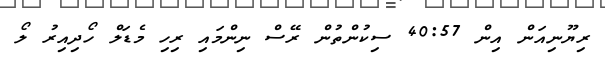
ރިޔޫނިއަން އިން 40:57 ސިކުންތުން ރޭސް ނިންމައި ރިހި މެޑަލް ހޯދިއިރު ލޯ